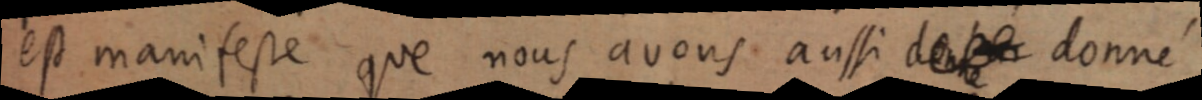
est manifeste que nous avons aussi [de] donné